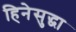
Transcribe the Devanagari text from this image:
हिनेसुद्धा